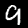
Digit: 9